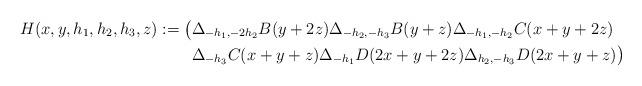
LaTeX: \begin{align*} H(x,y,h_1,h_2,h_3,z):=\big(&\Delta_{-h_1,-2h_2}B(y+2z)\Delta_{-h_2,-h_3}B(y+z)\Delta_{-h_1,-h_2}C(x+y+2z) \\ &\Delta_{-h_3}C(x+y+z)\Delta_{-h_1}D(2x+y+2z)\Delta_{h_2,-h_3}D(2x+y+z)\big) \end{align*}